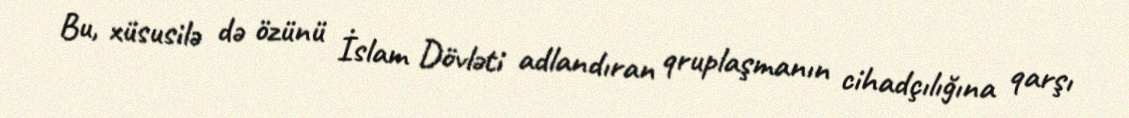
Bu, xüsusilə də özünü İslam Dövləti adlandıran qruplaşmanın cihadçılığına qarşı